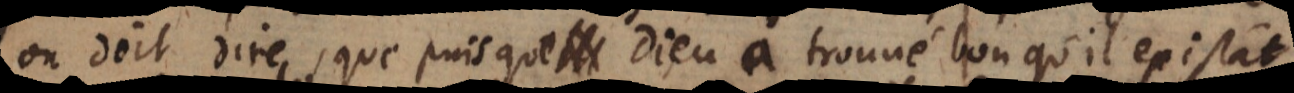
on doit dire, que puisque Dieu a trouvé bon qu’il existât,